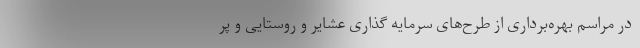
در مراسم بهره‌برداری از طرح‌های سرمایه گذاری عشایر و روستایی و پر